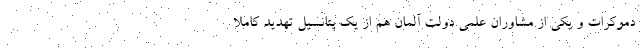
دموکرات و یکی از مشاوران علمی دولت آلمان هم از یک پتانسیل تهدید کاملا